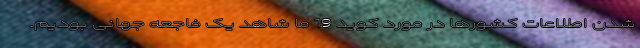
شدن اطلاعات کشورها در مورد کوید 19 ما شاهد یک فاجعه جهانی بودیم.